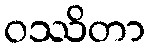
ဝဿိတာ